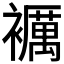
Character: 𧞵